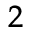
^ { 2 }